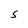
Character: S